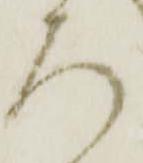
ろ